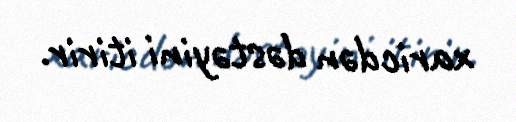
xaricdən dəstəyini itirir.